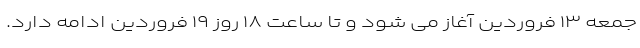
جمعه ۱۳ فروردین آغاز می شود و تا ساعت ۱۸ روز ۱۹ فروردین ادامه دارد.